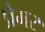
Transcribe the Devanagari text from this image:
प्रेभर